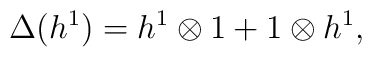
\Delta (h^{1}) = h^{1} \otimes 1 + 1 \otimes h^{1},